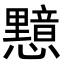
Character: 𭟛